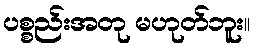
ပစ္စည်းအတု မဟုတ်ဘူး။